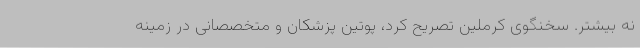
نه بیشتر. سخنگوی کرملین تصریح کرد، پوتین پزشکان و متخصصانی در زمینه